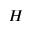
H